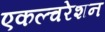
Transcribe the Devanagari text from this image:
एकल्चरेशन